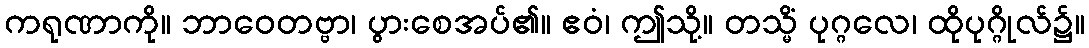
ကရုဏာကို။ ဘာဝေတဗ္ဗာ၊ ပွားစေအပ်၏။ ဧဝံ၊ ဤသို့။ တသ္မိံ ပုဂ္ဂလေ၊ ထိုပုဂ္ဂိုလ်၌။